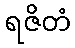
ရဇိတံ